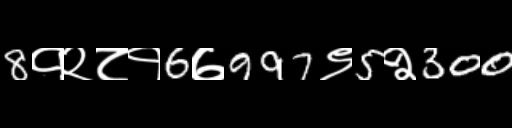
Text: 8१२८१6७997९5२300